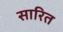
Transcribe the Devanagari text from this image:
सारित